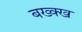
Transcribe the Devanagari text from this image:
बख्क्ख